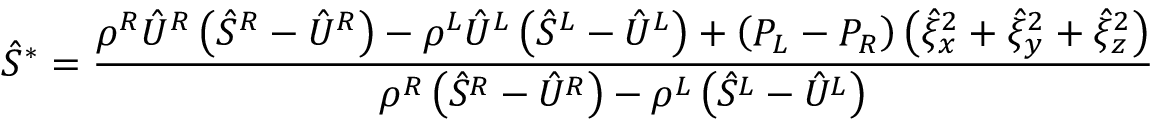
\hat { S } ^ { * } = \frac { \rho ^ { R } \hat { U } ^ { R } \left( \hat { S } ^ { R } - \hat { U } ^ { R } \right) - \rho ^ { L } \hat { U } ^ { L } \left( \hat { S } ^ { L } - \hat { U } ^ { L } \right) + \left( P _ { L } - P _ { R } \right) \left( \hat { \xi } _ { x } ^ { 2 } + \hat { \xi } _ { y } ^ { 2 } + \hat { \xi } _ { z } ^ { 2 } \right) } { \rho ^ { R } \left( \hat { S } ^ { R } - \hat { U } ^ { R } \right) - \rho ^ { L } \left( \hat { S } ^ { L } - \hat { U } ^ { L } \right) }